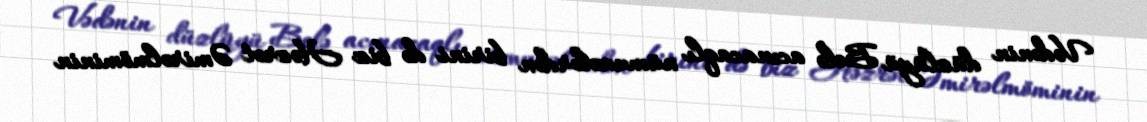
Vədənin düzlüyü Belə acınacaqlı nümunələrdən birini də biz Həzrət Əmirəlmöminin